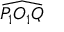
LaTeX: \widehat { P _ { 1 } O _ { 1 } Q }